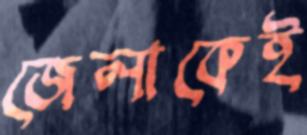
জেলাকেই